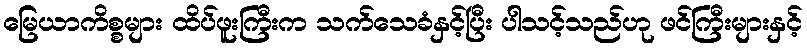
မြေယာကိစ္စများ ထိပ်ဖူးကြီးက သက်သေခံနှင့်ပြီး ပါသင့်သည်ဟု ဖင်ကြီးများနှင့်